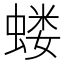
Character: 蝼